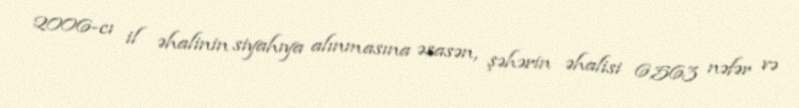
2006-cı il əhalinin siyahıya alınmasına əsasən, şəhərin əhalisi 6,563 nəfər və